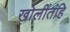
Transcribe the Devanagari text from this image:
खोलींतहि